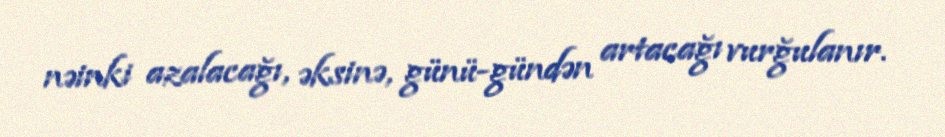
nəinki azalacağı, əksinə, günü-gündən artacağı vurğulanır.